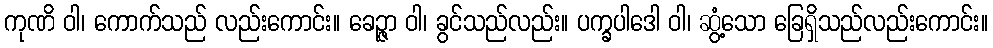
ကုဏိ ဝါ၊ ကောက်သည် လည်းကောင်း။ ခေဉ္ဇာ ဝါ၊ ခွင်သည်လည်း။ ပက္ခပါဒေါ ဝါ၊ ဆွံ့သော ခြေရှိသည်လည်းကောင်း။